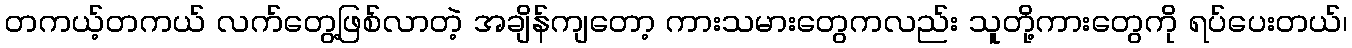
တကယ့်တကယ် လက်တွေ့ဖြစ်လာတဲ့ အချိန်ကျတော့ ကားသမားတွေကလည်း သူတို့ကားတွေကို ရပ်ပေးတယ်၊